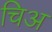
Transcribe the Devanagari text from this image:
चिअ